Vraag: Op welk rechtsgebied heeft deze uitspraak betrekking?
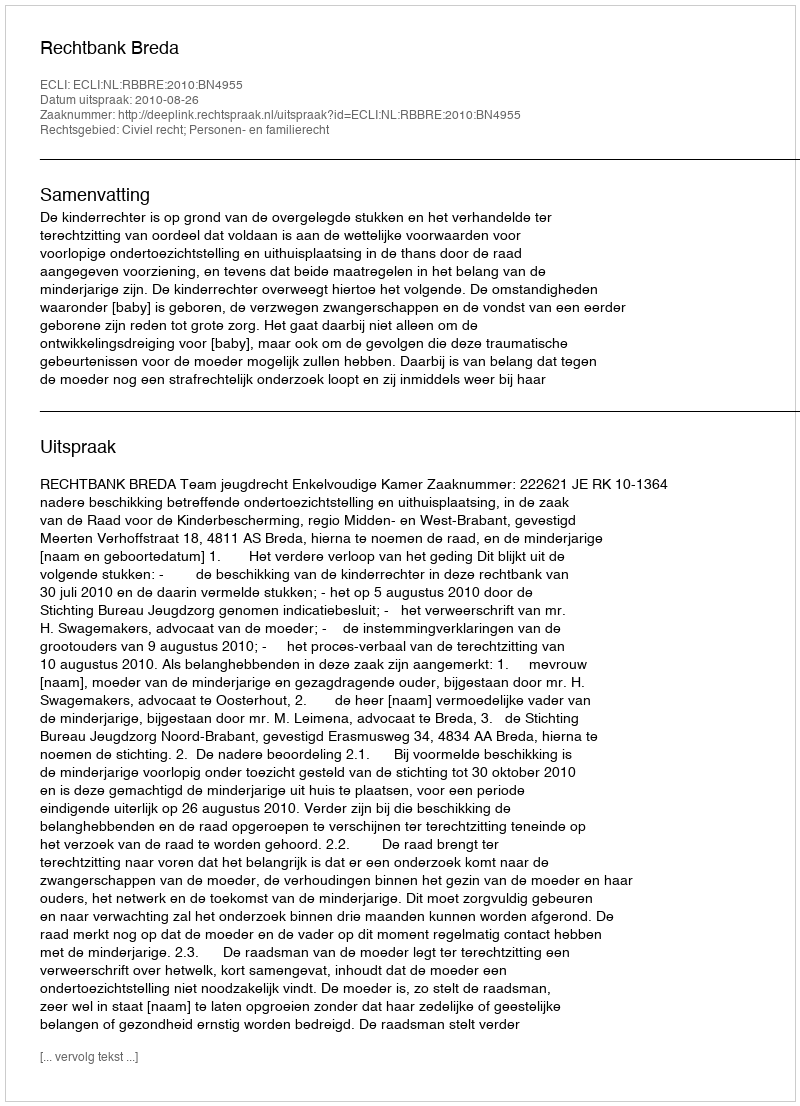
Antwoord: Civiel recht; Personen- en familierecht